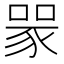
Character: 𧱄